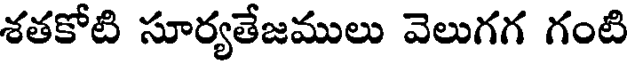
శతకోటి సూర్యతేజములు వెలుగగ గంటి